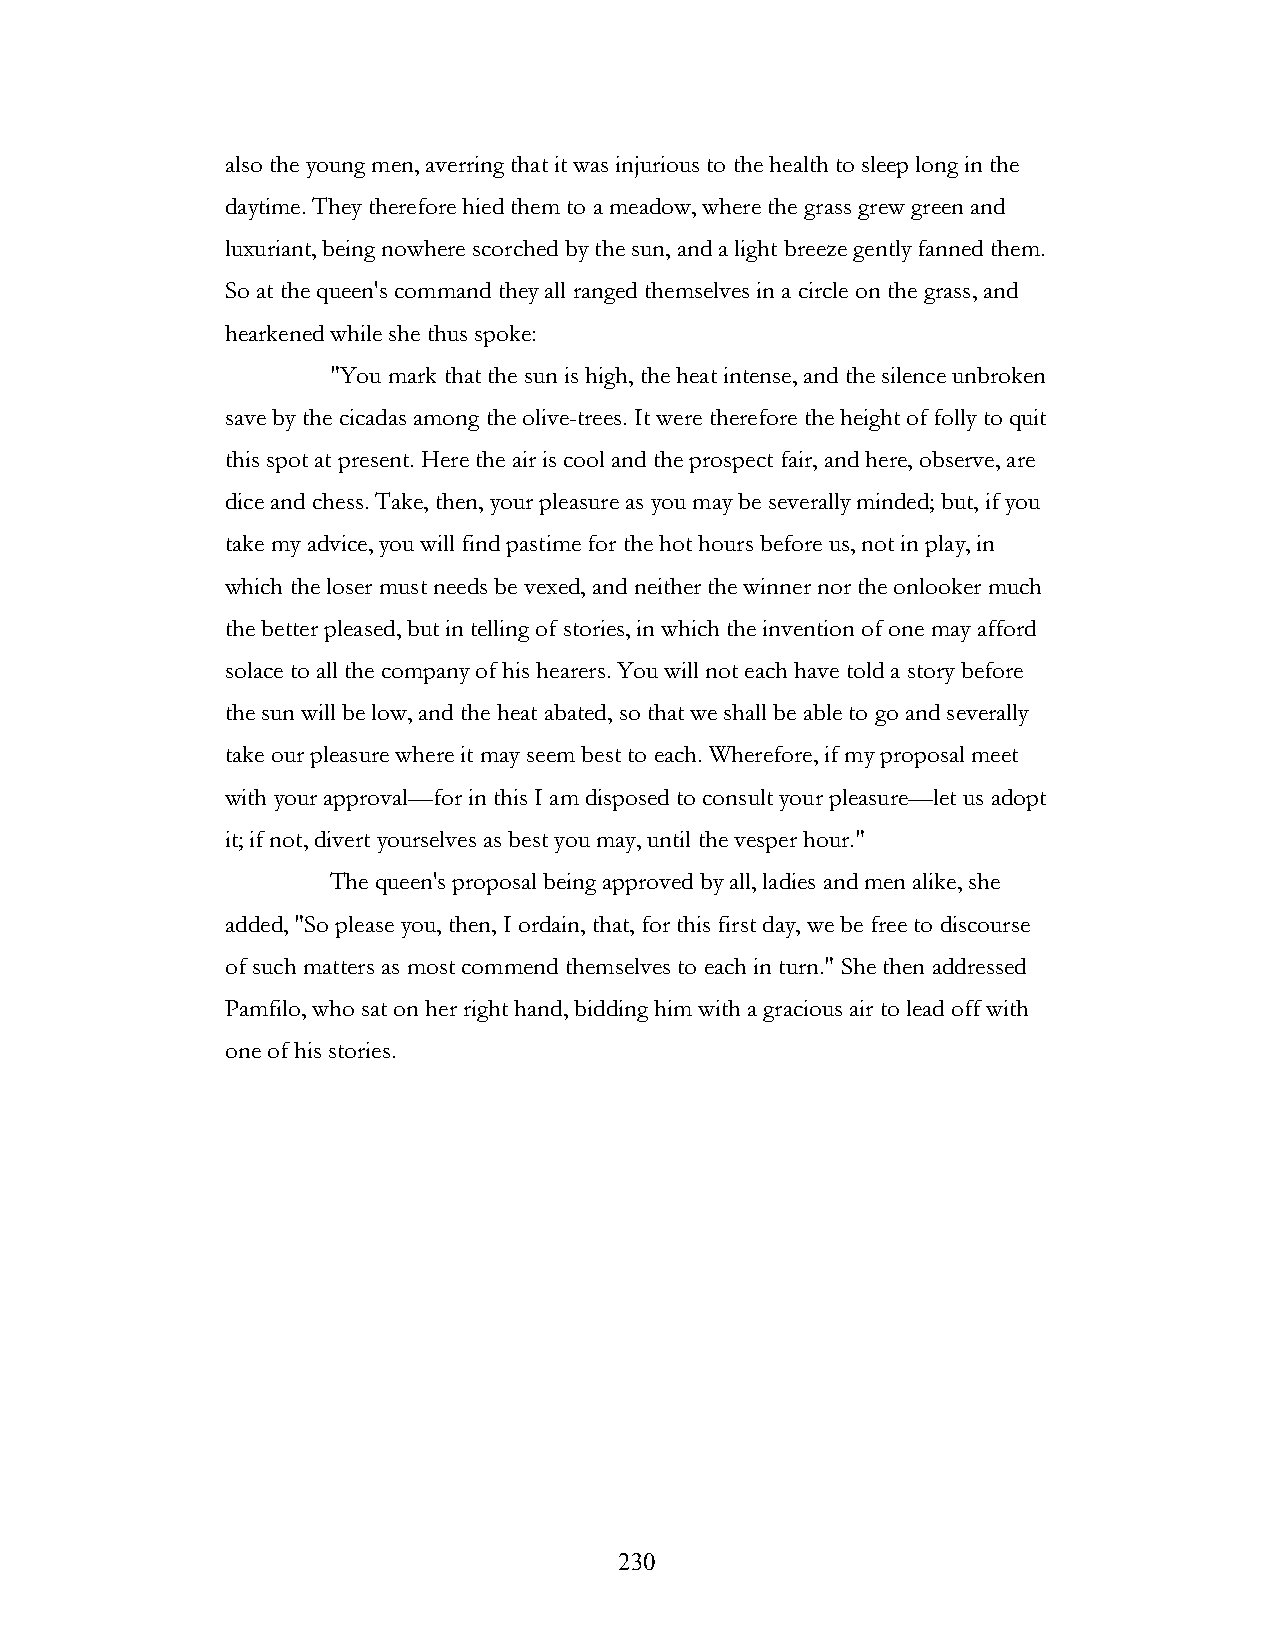
also the young men, averring that it was injurious to the health to sleep long in the
 daytime. They therefore hied them to a meadow, where the grass grew green and
 luxuriant, being nowhere scorched by the sun, and a light breeze gently fanned them.
 So at the queen's command they all ranged themselves in a circle on the grass, and
 hearkened while she thus spoke:
 "You mark that the sun is high, the heat intense, and the silence unbroken
 save by the cicadas among the olive-trees. It were therefore the height of folly to quit
 this spot at present. Here the air is cool and the prospect fair, and here, observe, are
 dice and chess. Take, then, your pleasure as you may be severally minded; but, if you
 take my advice, you will find pastime for the hot hours before us, not in play, in
 which the loser must needs be vexed, and neither the winner nor the onlooker much
 the better pleased, but in telling of stories, in which the invention of one may afford
 solace to all the company of his hearers. You will not each have told a story before
 the sun will be low, and the heat abated, so that we shall be able to go and severally
 take our pleasure where it may seem best to each. Wherefore, if my proposal meet
 with your approval—for in this I am disposed to consult your pleasure—let us adopt
 it; if not, divert yourselves as best you may, until the vesper hour."
 The queen's proposal being approved by all, ladies and men alike, she
 added, "So please you, then, I ordain, that, for this first day, we be free to discourse
 of such matters as most commend themselves to each in turn." She then addressed
 Pamfilo, who sat on her right hand, bidding him with a gracious air to lead off with
 one of his stories.
 !                         230